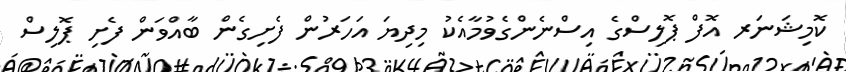
ކޮމިޝަނަރ އޮފް ޕޮލިސްގެ އިސްނެންގެވުމާއެކު މިދިޔަ އަހަރުން ފެށިގެން ބާއްވަން ފެށި ޕޮލިސް